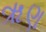
ૠણ